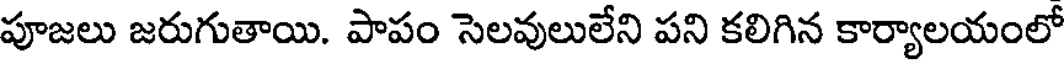
పూజలు జరుగుతాయి. పాపం సెలవులులేని పని కలిగిన కార్యాలయంలో